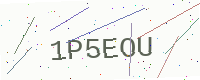
Text: 1P5EOU